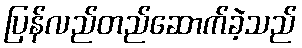
ပြန်လည်တည်ဆောက်ခဲ့သည်